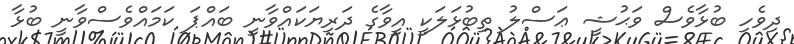
ދިވެހި ބުޅާވެސް ވަޙުޝީ ޢަސްލު ތިބުޅަލަކީ އީވާގެ ދަރިޔަކައްވާނީ ބައްޕަ ކަމައްވެސްވާނީ ބުޅާ